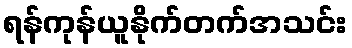
ရန်ကုန်ယူနိုက်တက်အသင်း